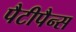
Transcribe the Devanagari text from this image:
पैटीपैन्स